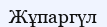
Жұпаргүл